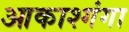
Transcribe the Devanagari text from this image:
आकाश्गंगा